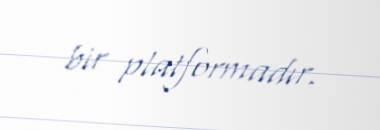
bir platformadır.